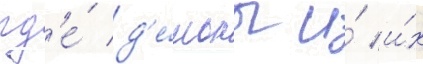
гд'е́ д'е́моны и́ и́х